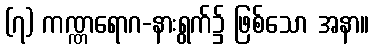
(၇) ကဏ္ဏရောဂ-နားရွက်၌ ဖြစ်သော အနာ။